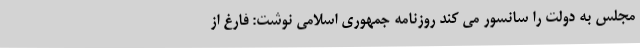
مجلس به دولت را سانسور می کند روزنامه جمهوری اسلامی نوشت: فارغ از